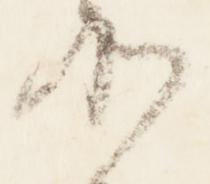
加